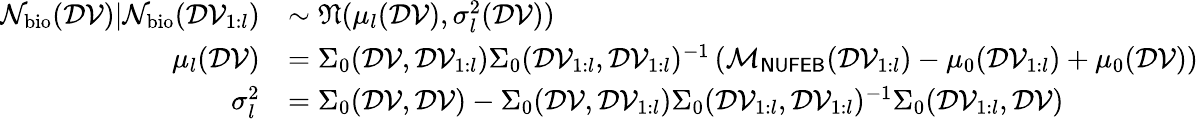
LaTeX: \begin{array}{rl}{\mathcal{N}_{\mathrm{bio}}(\mathcal{DV})|\mathcal{N}_{\mathrm{bio}}(\mathcal{DV}_{1:l})}&{\sim\mathfrak{N}(\mu_{l}(\mathcal{DV}),\sigma_{l}^{2}(\mathcal{DV}))}\\ {\mu_{l}(\mathcal{DV})}&{=\Sigma_{0}(\mathcal{DV},\mathcal{DV}_{1:l})\Sigma_{0}(\mathcal{DV}_{1:l},\mathcal{DV}_{1:l})^{-1}\left(\mathcal{M}_{\sf NUFEB}(\mathcal{DV}_{1:l})-\mu_{0}(\mathcal{DV}_{1:l})+\mu_{0}(\mathcal{DV})\right)}\\ {\sigma_{l}^{2}}&{=\Sigma_{0}(\mathcal{DV},\mathcal{DV})-\Sigma_{0}(\mathcal{DV},\mathcal{DV}_{1:l})\Sigma_{0}(\mathcal{DV}_{1:l},\mathcal{DV}_{1:l})^{-1}\Sigma_{0}(\mathcal{DV}_{1:l},\mathcal{DV})}\end{array}